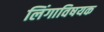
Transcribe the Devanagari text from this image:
लिंगाविषयक